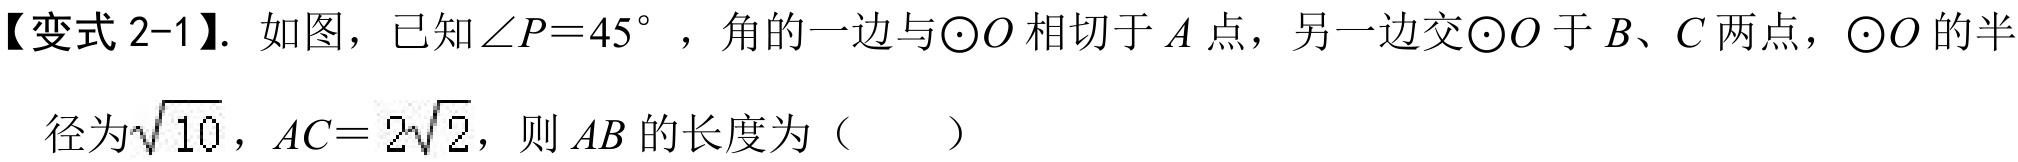
【变式2-1】. 如图，已知\(\angle P = 45^{\circ}\) ，角的一边与\(\odot O\)相切于\(A\)点，另一边交\(\odot O\)于\(B、C\)两点，\(\odot O\)的半\\
径为\(\sqrt{10}\)，\(AC = 2\sqrt{2}\)，则\(AB\)的长度为（  ）